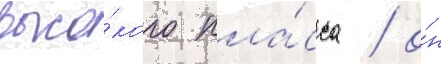
высо́кого кла́сса / о́н